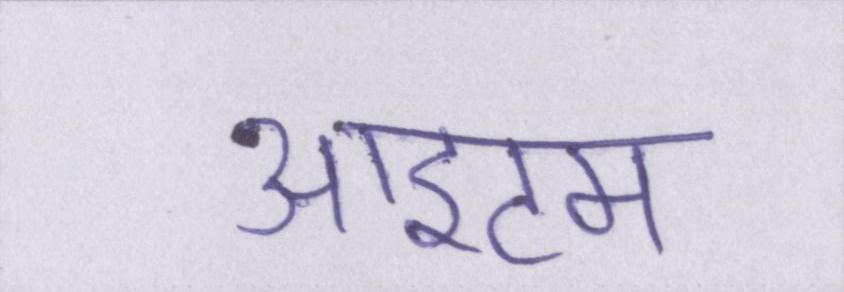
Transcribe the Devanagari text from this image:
आइटम